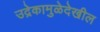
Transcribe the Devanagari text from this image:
उद्रेकामुळेदेखील